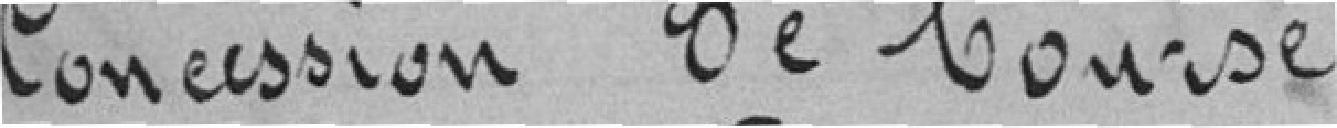
Concession de bourses